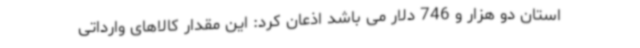
استان دو هزار و 746 دلار می باشد اذعان کرد: این مقدار کالاهای وارداتی